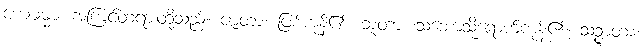
ယေဓမ္မာ၊ အကြင်တရားတို့သည်။ ဇာတာ၊ ဖြစ်ကုန်၏။ ဘူတာ၊ သဘောသို့ရောက်ကုန်၏။ သဉ္ဇာတာ၊